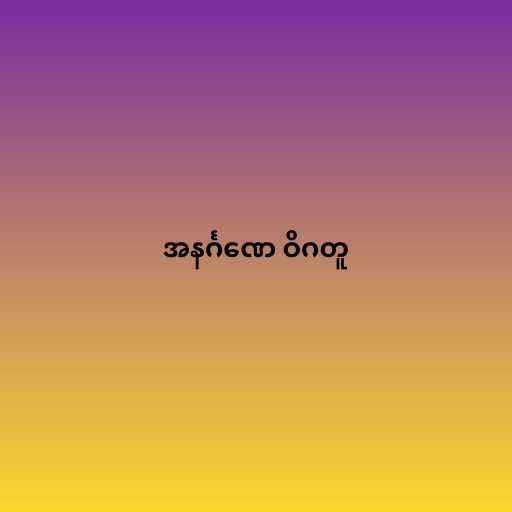
အနင်္ဂဏေ ဝိဂတူ